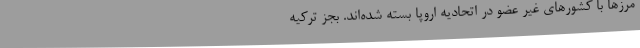
مرزها با کشورهای غیر عضو در اتحادیه اروپا بسته شده‌اند. بجز ترکیه